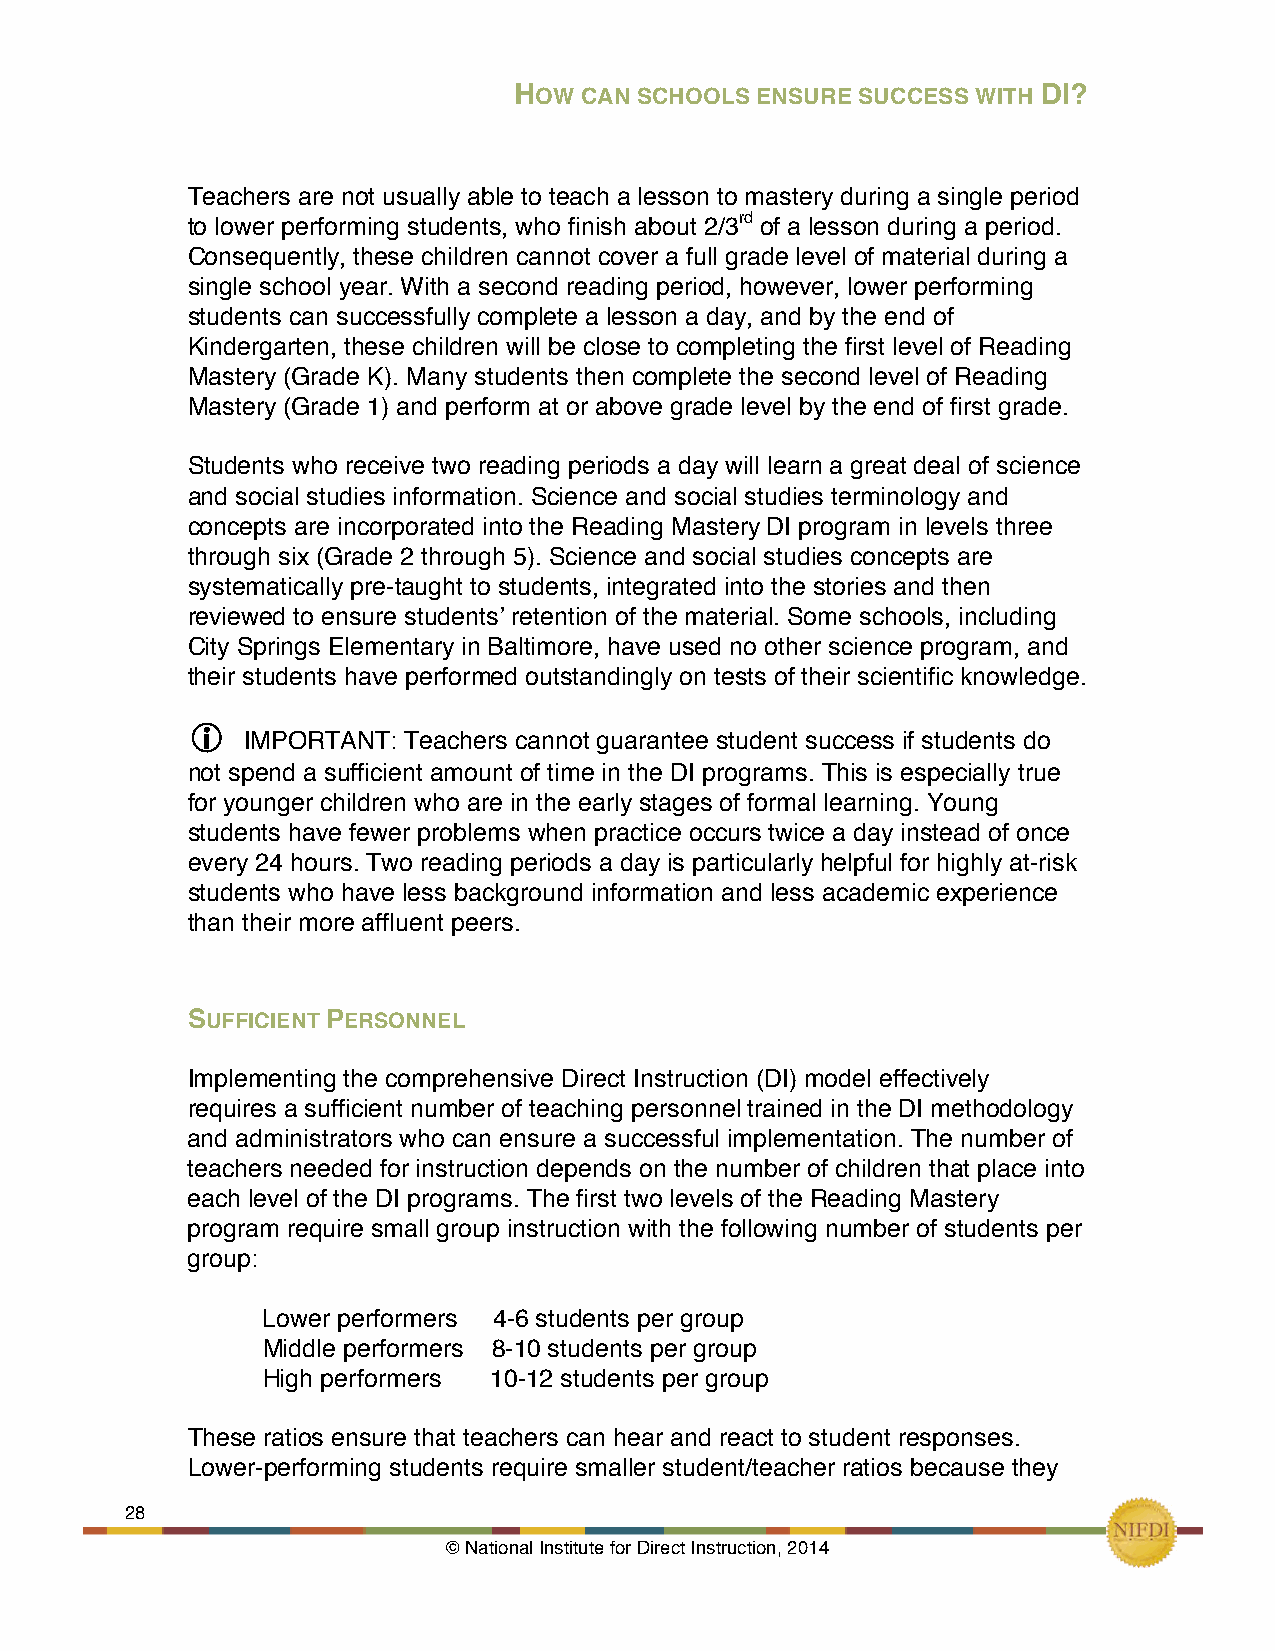
HOW CAN SCHOOLS ENSURE SUCCESS WITH DI?
 !
 Teachers are not usually able to teach a lesson to mastery during a single period
 to lower performing students, who finish about 2/3rd of a lesson during a period.
 Consequently, these children cannot cover a full grade level of material during a
 single school year. With a second reading period, however, lower performing
 students can successfully complete a lesson a day, and by the end of
 Kindergarten, these children will be close to completing the first level of Reading
 Mastery (Grade K). Many students then complete the second level of Reading
 Mastery (Grade 1) and perform at or above grade level by the end of first grade.
 Students who receive two reading periods a day will learn a great deal of science
 and social studies information. Science and social studies terminology and
 concepts are incorporated into the Reading Mastery DI program in levels three
 through six (Grade 2 through 5). Science and social studies concepts are
 systematically pre-taught to students, integrated into the stories and then
 reviewed to ensure students’ retention of the material. Some schools, including
 City Springs Elementary in Baltimore, have used no other science program, and
 their students have performed outstandingly on tests of their scientific knowledge.
 
 IMPORTANT: Teachers cannot guarantee student success if students do
 not spend a sufficient amount of time in the DI programs. This is especially true
 for younger children who are in the early stages of formal learning. Young
 students have fewer problems when practice occurs twice a day instead of once
 every 24 hours. Two reading periods a day is particularly helpful for highly at-risk
 students who have less background information and less academic experience
 than their more affluent peers.
 SUFFICIENT PERSONNEL
 Implementing the comprehensive Direct Instruction (DI) model effectively
 requires a sufficient number of teaching personnel trained in the DI methodology
 and administrators who can ensure a successful implementation. The number of
 teachers needed for instruction depends on the number of children that place into
 each level of the DI programs. The first two levels of the Reading Mastery
 program require small group instruction with the following number of students per
 group:
 Lower performers 4-6 students per group
 Middle performers 8-10 students per group
 High performers 10-12 students per group
 These ratios ensure that teachers can hear and react to student responses.
 Lower-performing students require smaller student/teacher ratios because they
 28     !
 © National Institute for Direct Instruction, 2014!